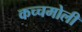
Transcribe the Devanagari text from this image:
कच्चमोली